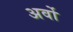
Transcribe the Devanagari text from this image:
अर्वो